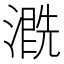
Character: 𱨣